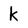
Character: k